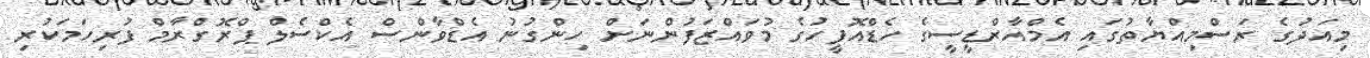
މިއަދުގެ ރަސްމިއްޔާތުގައި އެމްއާރްޑީސީގެ ހެޑްއޮފީހުގެ މުވައްޒަފުންނަށް ހިންގުނު އެޑްވާންސް އެކްސެލް ޕްރޮގްރާމް ފުރިހަމަކުރި